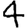
Digit: 4